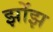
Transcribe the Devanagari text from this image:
झोंझ